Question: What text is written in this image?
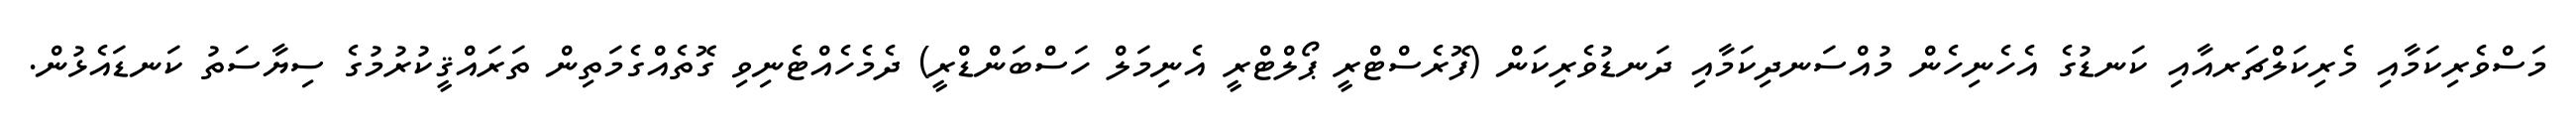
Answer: މަސްވެރިކަމާއި މެރިކަލްޗަރއާއި ކަނޑުގެ އެހެނިހެން މުއްސަނދިކަމާއި ދަނޑުވެރިކަން (ފޮރެސްޓްރީ ޕޯލްޓްރީ އެނިމަލް ހަސްބަންޑްރީ) ދެމެހެއްޓެނިވި ގޮތެއްގެމަތިން ތަރައްޤީކުރުމުގެ ސިޔާސަތު ކަނޑައެޅުން.